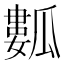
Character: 𤬏